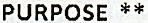
PURPOSE **